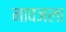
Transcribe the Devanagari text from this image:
नावजला